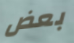
بعض